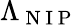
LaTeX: \Lambda_{\mathrm{~N~I~P~}}